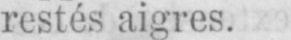
restés aigres.